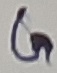
Text: G